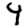
Digit: 4